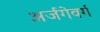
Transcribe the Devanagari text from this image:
अर्जगेवर्ग